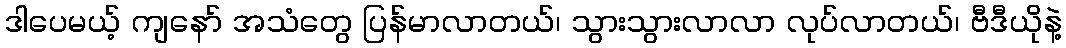
ဒါပေမယ့် ကျနော် အသံတွေ ပြန်မာလာတယ်၊ သွားသွားလာလာ လုပ်လာတယ်၊ ဗီဒီယိုနဲ့